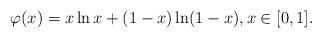
LaTeX: \begin{align*} \varphi(x) = x \ln x + (1 - x) \ln (1 - x), x \in [0, 1].\end{align*}